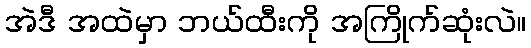
အဲဒီ အထဲမှာ ဘယ်ထီးကို အကြိုက်ဆုံးလဲ။